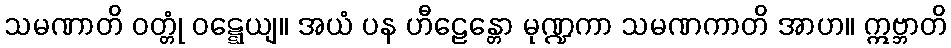
သမဏာတိ ဝတ္တုံ ဝဋ္ဋေယျ။ အယံ ပန ဟီဠေန္တော မုဏ္ဍကာ သမဏကာတိ အာဟ။ ဣဗ္ဘာတိ